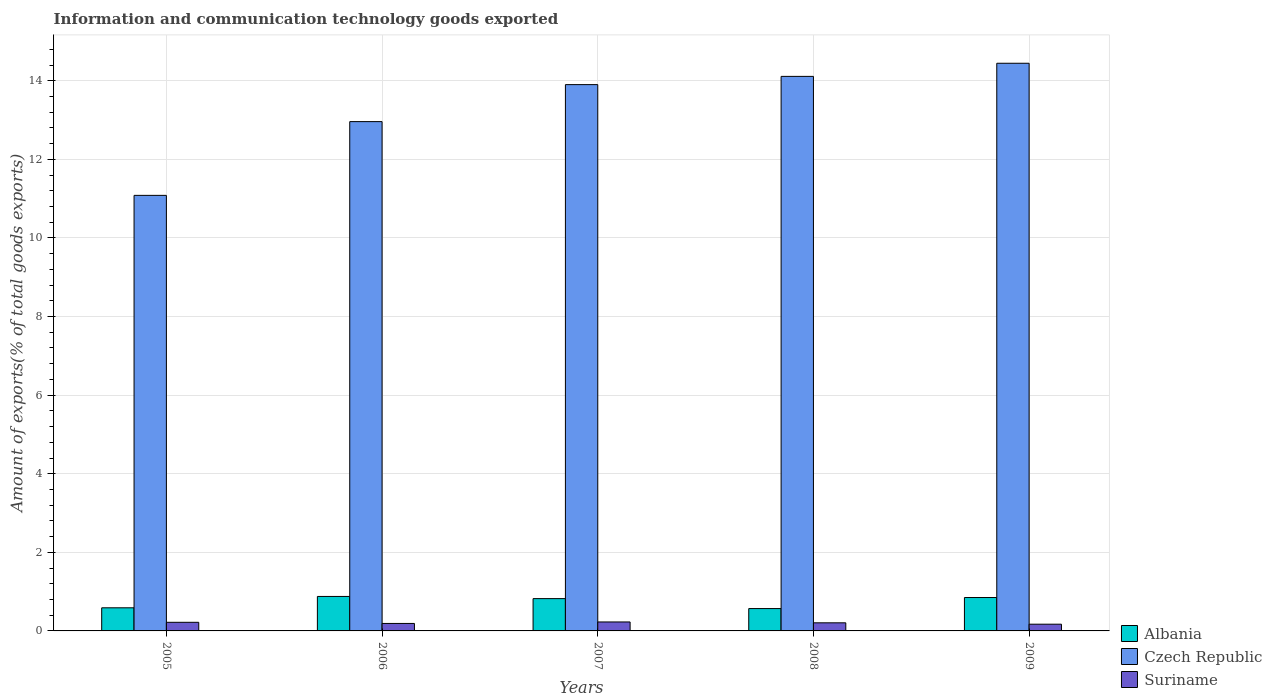
| Years | Albania | Czech Republic | Suriname |
 | --- | --- | --- | --- |
 | 2005 | 0.588 | 11.1 | 0.219 |
 | 2006 | 0.877 | 13 | 0.19 |
 | 2007 | 0.822 | 13.9 | 0.228 |
 | 2008 | 0.569 | 14.1 | 0.206 |
 | 2009 | 0.85 | 14.4 | 0.171 |